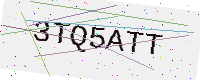
Text: 3TQ5ATT